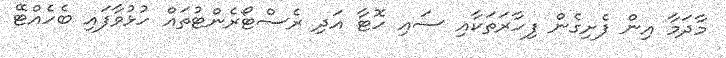
މާދަމާ އިން ފެށިގެން ފިހާރަތަކާއި ސައި ހޮޓާ އަދި ރެސްޓޯރެންޓުތައް ހުޅުވާފައި ބެހެއްޓޭ